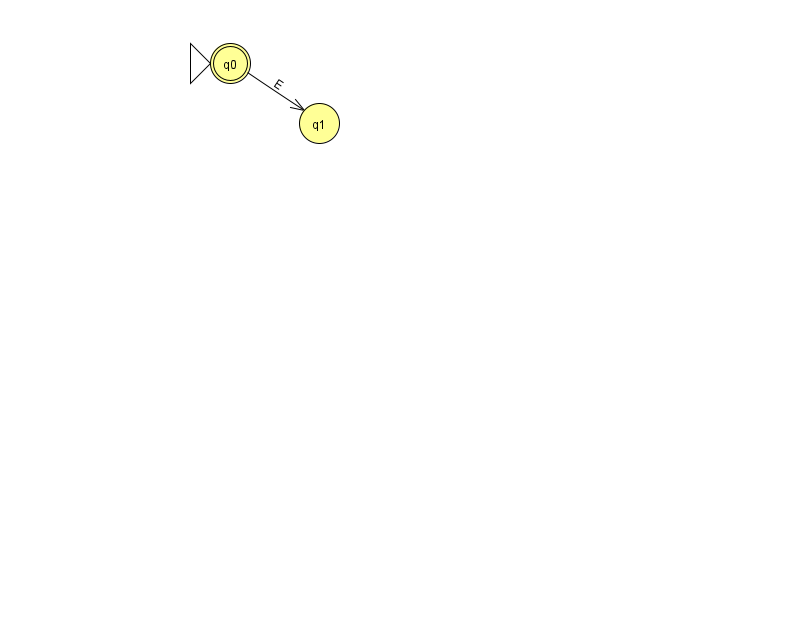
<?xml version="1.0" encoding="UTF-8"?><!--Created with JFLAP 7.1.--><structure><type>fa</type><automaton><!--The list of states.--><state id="0" name="q0"><x>230.0</x><y>50.0</y><initial/><final/></state><state id="1" name="q1"><x>319.0</x><y>110.0</y></state><!--The list of transitions.--><transition><from>0</from><to>1</to><read>E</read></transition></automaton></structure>